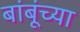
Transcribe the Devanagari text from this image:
बांबूंच्या